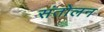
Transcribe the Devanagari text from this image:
संतोलन